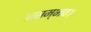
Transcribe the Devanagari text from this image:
असम्भव।